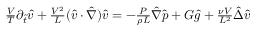
\begin{array} { r } { \frac { V } { T } \partial _ { \hat { t } } \hat { v } + \frac { V ^ { 2 } } { L } ( \hat { v } \cdot \hat { \nabla } ) \hat { v } = - \frac { P } { \rho L } \hat { \nabla } \hat { p } + G \hat { g } + \frac { \nu V } { L ^ { 2 } } \hat { \Delta } \hat { v } } \end{array}